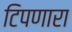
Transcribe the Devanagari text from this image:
टिपणारा